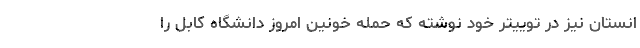
انستان نیز در توییتر خود نوشته که حمله خونین امروز دانشگاه کابل را